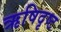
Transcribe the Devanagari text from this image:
ऋषिदृष्ट